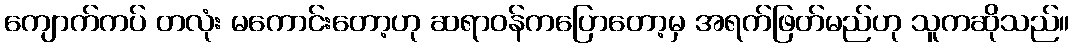
ကျောက်ကပ် တလုံး မကောင်းတော့ဟု ဆရာဝန်ကပြောတော့မှ အရက်ဖြတ်မည်ဟု သူကဆိုသည်။